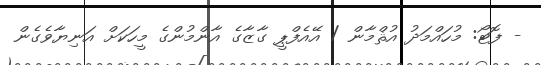
- ފޮޓޯ: މުހައްމަދު އުޘްމާން / އޭއެފްޕީ ގާޒާގެ އާންމުންގެ މީހަކަށް އަނިޔާވެގެން